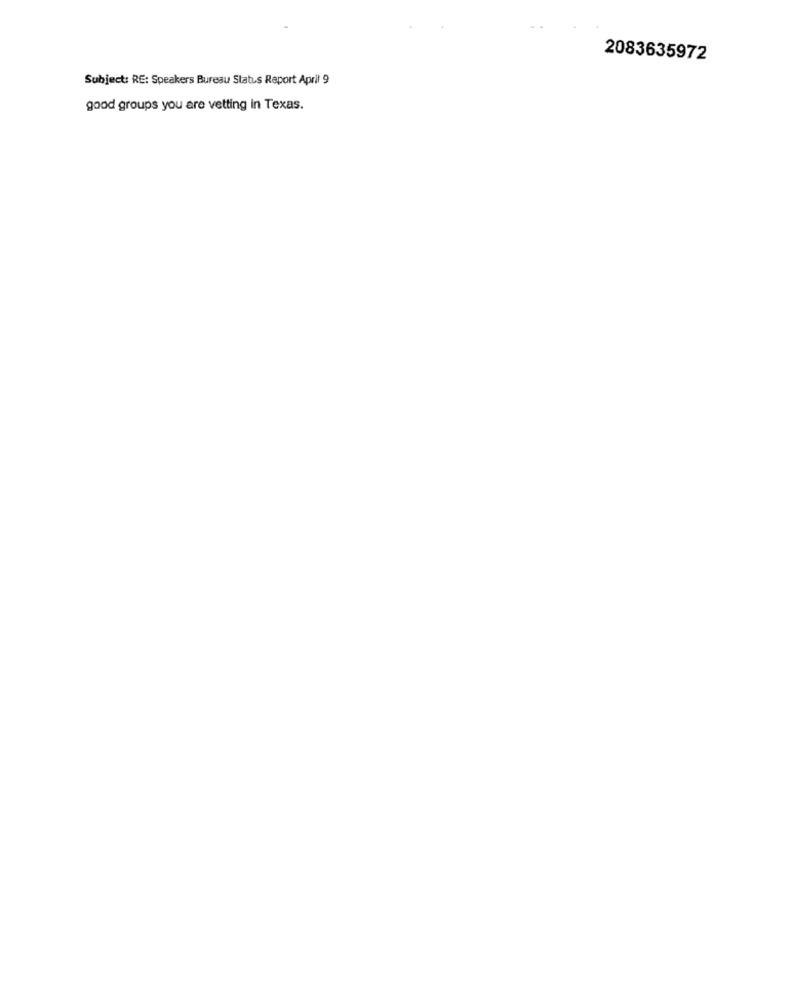
2083635972
Subject: RE: Speakers Bureau Status Report April 9
good groups you are vetting in Texas.